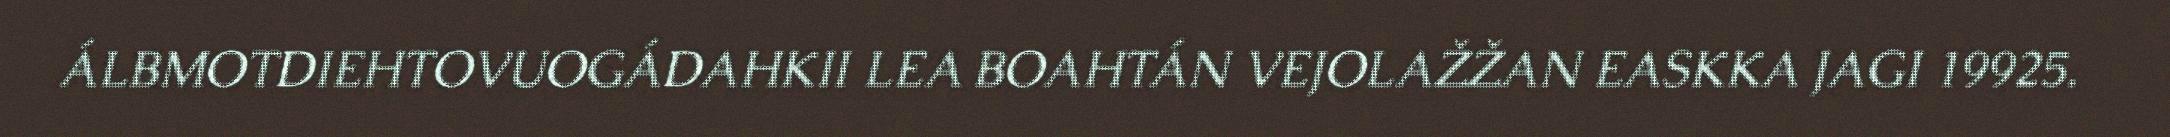
ÁLBMOTDIEHTOVUOGÁDAHKII LEA BOAHTÁN VEJOLAŽŽAN EASKKA JAGI 19925.